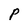
Character: P